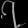
Digit: ၇